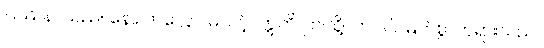
ပြဿနာသည်။ နော ကလ္လော၊ မသင့်။ ဣတိ၊ ဤသို့။ ဘဂဝါ၊ မြတ်စွာဘုရားသည်။